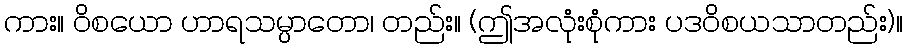
ကား။ ဝိစယော ဟာရသမ္ပာတော၊ တည်း။ (ဤအလုံးစုံကား ပဒဝိစယသာတည်း)။